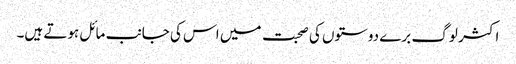
اکثر لوگ برے دوستوں کی صحبت میں اس کی جانب مائل ہوتے ہیں۔